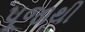
પૂજાથી